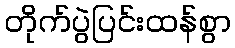
တိုက်ပွဲပြင်းထန်စွာ